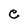
Character: e